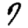
Digit: 7